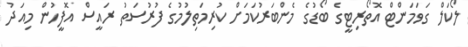
ލޯކަލް ގަވަމަންޓް އޮތޯރިޓީގެ ބޯޑުގެ މެންބަރުކަމަށް ކުރިމަތިލުމުގެ ފުރުސަތު ރައީސް އޮފީހުން މިއަދު